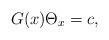
LaTeX: \begin{align*}G(x)\Theta_x=c,\end{align*}